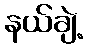
နယ်ချဲ့